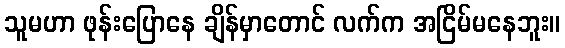
သူမဟာ ဖုန်းပြောနေ ချိန်မှာတောင် လက်က အငြိမ်မနေဘူး။